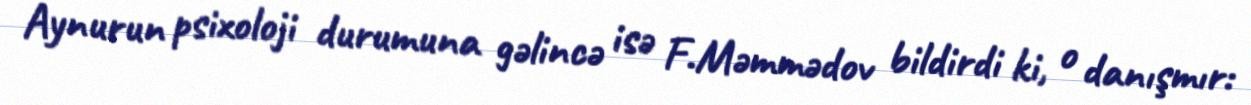
Aynurun psixoloji durumuna gəlincə isə F.Məmmədov bildirdi ki, o danışmır: